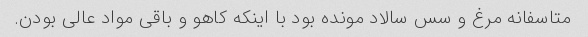
متاسفانه مرغ و سس سالاد مونده بود با اینکه کاهو و باقی مواد عالی بودن.